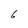
Character: 6